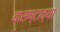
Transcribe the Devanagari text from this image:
बासष्टाव्या